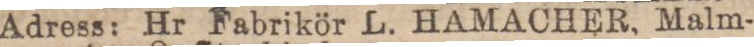
Adress: Hr Fabrikör L. HAMACHER, Malm-